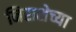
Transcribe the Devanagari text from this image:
निराशेच्या